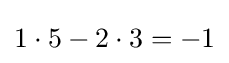
1\cdot 5-2\cdot 3=-1